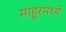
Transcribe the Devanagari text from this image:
माहूरमध्ये